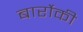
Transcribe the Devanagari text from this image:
बार्रोकी